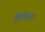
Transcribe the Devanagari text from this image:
ग्रिफिश